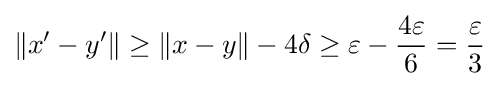
\|x'-y'\|\geq \|x-y\|-4\delta \geq \varepsilon -{\frac {4\varepsilon }{6}}={\frac {\varepsilon }{3}}